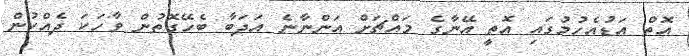
އޮތް އަޑުއެހުމުގައި އޮތީ އޭނާގެ މައްޗަށް އަންނާނެ އަދަބާ ބެހޭގޮތުން ވާހަކަ ދެއްކުން